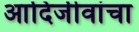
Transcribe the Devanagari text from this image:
आदिजीवांचा